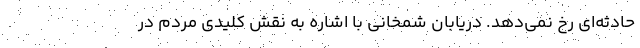
حادثه‌ای رخ نمی‌دهد. دریابان شمخانی با اشاره به نقش کلیدی مردم در